Insane asylums Bombay 1873-77 - 1873-1877
Year: 1873
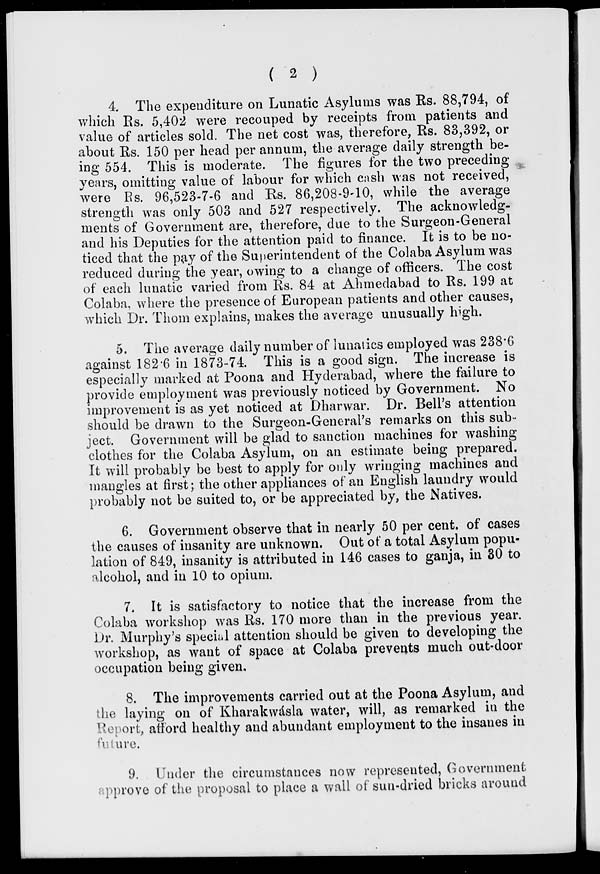
( 2 )
4. The expenditure on Lunatic Asylums was Rs. 88,794, of
which Rs. 5,402 were recouped by receipts from patients and
value of articles sold. The net cost was, therefore, Rs. 83,392, or
about Rs. 150 per head per annum, the average daily strength be-
ing 554. This is moderate. The figures for the two preceding
years, omitting value of labour for which cash was not received,
were Rs. 96,523-7-6 and Rs. 86,208-9-10, while the average
strength was only 503 and 527 respectively. The acknowledg-
ments of Government are, therefore, due to the Surgeon-General
and his Deputies for the attention paid to finance. It is to be no-
ticed that the pay of the Superintendent of the Colaba Asylum was
reduced during the year, owing to a change of officers. The cost
of each lunatic varied from Rs. 84 at Ahmedabad to Rs. 199 at
Colaba, where the presence of European patients and other causes,
which Dr. Thom explains, makes the average unusually high.
5. The average daily number of lunatics employed was 238.6
against 182.6 in 1873-74. This is a good sign. The increase is
especially marked at Poona and Hyderabad, where the failure to
provide employment was previously noticed by Government. No
improvement is as yet noticed at Dharwar. Dr. Bell's attention
should be drawn to the Surgeon-General's remarks on this sub-
ject. Government will be glad to sanction machines for washing
clothes for the Colaba Asylum, on an estimate being prepared.
It will probably be best to apply for only wringing machines and
mangles at first ; the other appliances of an English laundry would
probably not be suited to, or be appreciated by, the Natives.
6. Government observe that in nearly 50 per cent. of cases
the causes of insanity are unknown. Out of a total Asylum popu-
lation of 849, insanity is attributed in 146 cases to ganja, in 30 to
alcohol, and in 10 to opium.
7. It is satisfactory to notice that the increase from the
Colaba workshop was Rs. 170 more than in the previous year.
Dr. Murphy's special attention should be given to developing the
workshop, as want of space at Colaba prevents much out-door
occupation being given.
8. The improvements carried out at the Poona Asylum, and
the laying on of Kharakwádsla water, will, as remarked in the
Report, afford healthy and abundant employment to the insanes in
future.
9. Under the circumstances now represented, Government
approve of the proposal to place a wall of sun-dried bricks around